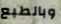
وبالطبع